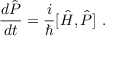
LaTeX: { \frac { d { \hat { P } } } { d t } } = { \frac { i } { \hbar } } [ { \hat { H } } , { \hat { P } } ] \, \, .